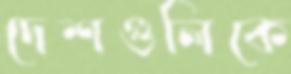
দেশগুলিকে